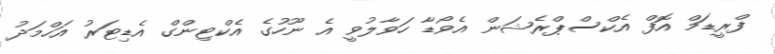
ފްރީޑަމް އޮފް އެކްސްޕްރެޝަން އެވޯޑާ ހަވާލުވީ އެ ނޫހުގެ އެކްޓިންގް އެޑިޓަރު އަހްމަދު